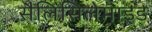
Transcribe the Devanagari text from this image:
सैलिसिलेमाइड